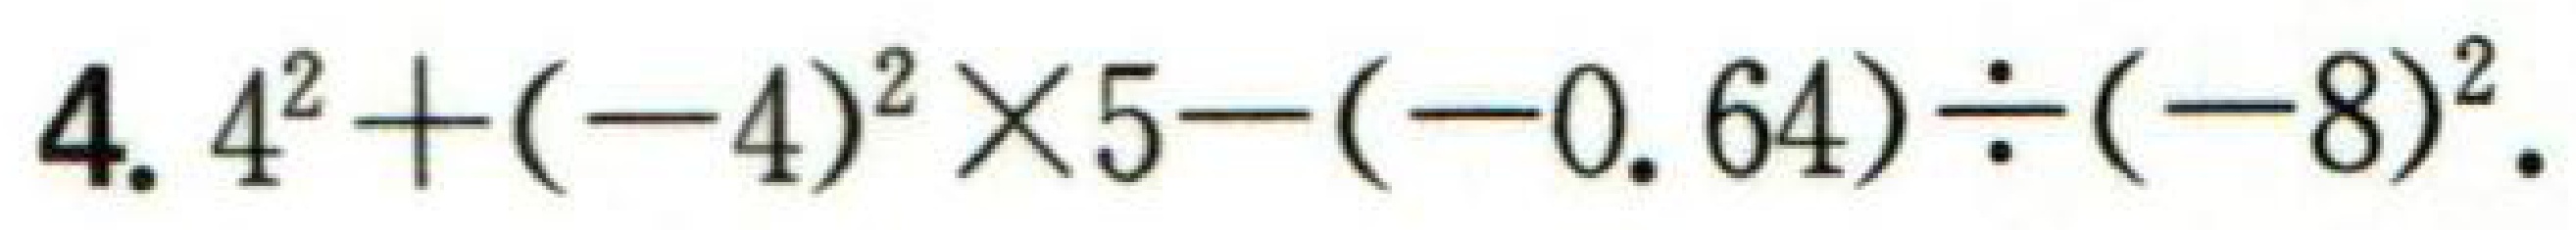
\(4.4^{2}+(-4)^{2}\times5 - (-0.64)\div(-8)^{2}\)